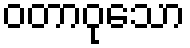
ဝတာဝုသော